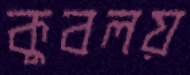
কুবলয়